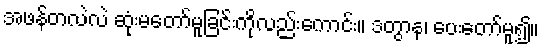
အဖန်တလဲလဲ ဆုံးမတော်မူခြင်းကိုလည်းကောင်း။ ဒတွာန၊ ပေးတော်မူ၍။